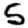
Digit: 5